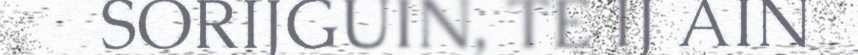
SORIJGUIN, TE IJ AIN